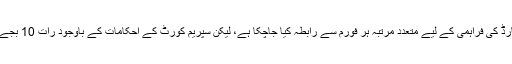
نیب لاہور کے مطابق تمام 56کمپنیوں کے ریکارڈ کی فراہمی کے لیے متعدد مرتبہ ہر فورم سے رابطہ کیا جاچکا ہے، لیکن سپریم کورٹ کے احکامات کے باوجود رات 10 بجے تک مکمل کمپنیوں کا ریکارڈ فراہم نہیں کیا گیا۔